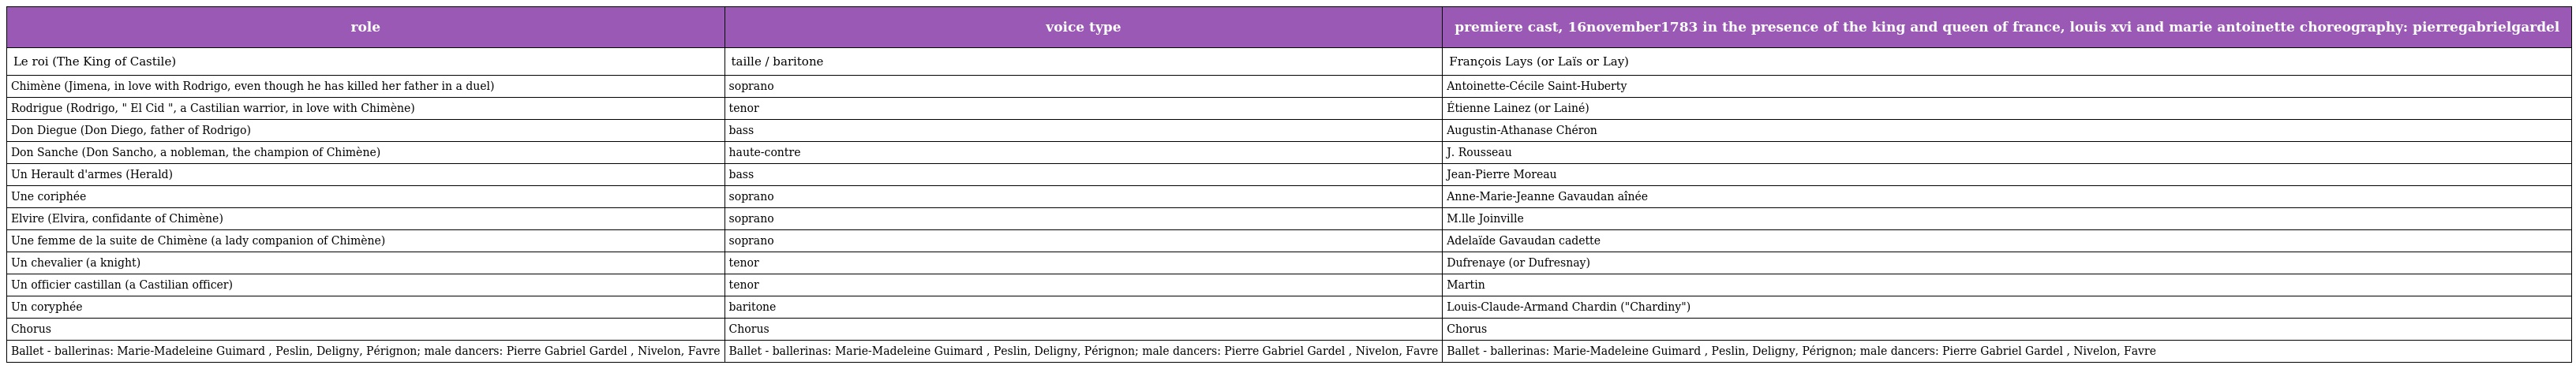
| role | voice type | premiere cast, 16november1783 in the presence of the king and queen of france, louis xvi and marie antoinette choreography: pierregabrielgardel |
 | --- | --- | --- |
 | Le roi (The King of Castile) | taille / baritone | François Lays (or Laïs or Lay) |
 | Chimène (Jimena, in love with Rodrigo, even though he has killed her father in a duel) | soprano | Antoinette-Cécile Saint-Huberty |
 | Rodrigue (Rodrigo, " El Cid ", a Castilian warrior, in love with Chimène) | tenor | Étienne Lainez (or Lainé) |
 | Don Diegue (Don Diego, father of Rodrigo) | bass | Augustin-Athanase Chéron |
 | Don Sanche (Don Sancho, a nobleman, the champion of Chimène) | haute-contre | J. Rousseau |
 | Un Herault d'armes (Herald) | bass | Jean-Pierre Moreau |
 | Une coriphée | soprano | Anne-Marie-Jeanne Gavaudan aînée |
 | Elvire (Elvira, confidante of Chimène) | soprano | M.lle Joinville |
 | Une femme de la suite de Chimène (a lady companion of Chimène) | soprano | Adelaïde Gavaudan cadette |
 | Un chevalier (a knight) | tenor | Dufrenaye (or Dufresnay) |
 | Un officier castillan (a Castilian officer) | tenor | Martin |
 | Un coryphée | baritone | Louis-Claude-Armand Chardin ("Chardiny") |
 | Chorus | Chorus | Chorus |
 | Ballet - ballerinas: Marie-Madeleine Guimard , Peslin, Deligny, Pérignon; male dancers: Pierre Gabriel Gardel , Nivelon, Favre | Ballet - ballerinas: Marie-Madeleine Guimard , Peslin, Deligny, Pérignon; male dancers: Pierre Gabriel Gardel , Nivelon, Favre | Ballet - ballerinas: Marie-Madeleine Guimard , Peslin, Deligny, Pérignon; male dancers: Pierre Gabriel Gardel , Nivelon, Favre |